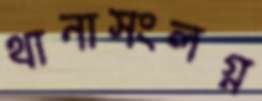
থানাসংলগ্ন